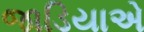
જાડિયાએ